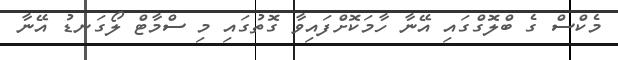
މެކްސް ގެ ބްލޮގްގައި އޭނާ ހާމަކޮށްފައިވާ ގޮތުގައި މި ސްމާޓް ލޯގަނޑު އޭނާ